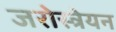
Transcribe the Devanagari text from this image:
जरोस्त्रेयन